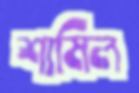
শামিল